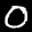
Label: 0